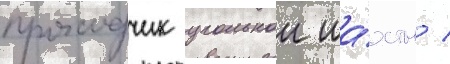
проходчик угольнои ша́хты /